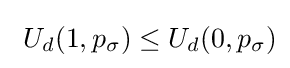
\textstyle \ U_{d}(1,p_{\sigma })\leq U_{d}(0,p_{\sigma })